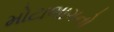
મોટાભાગનો